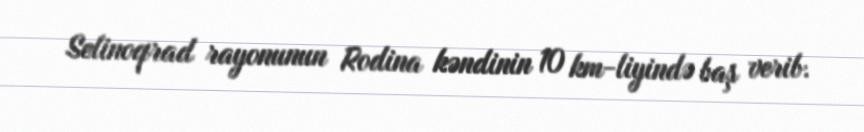
Selinoqrad rayonunun Rodina kəndinin 10 km-liyində baş verib.